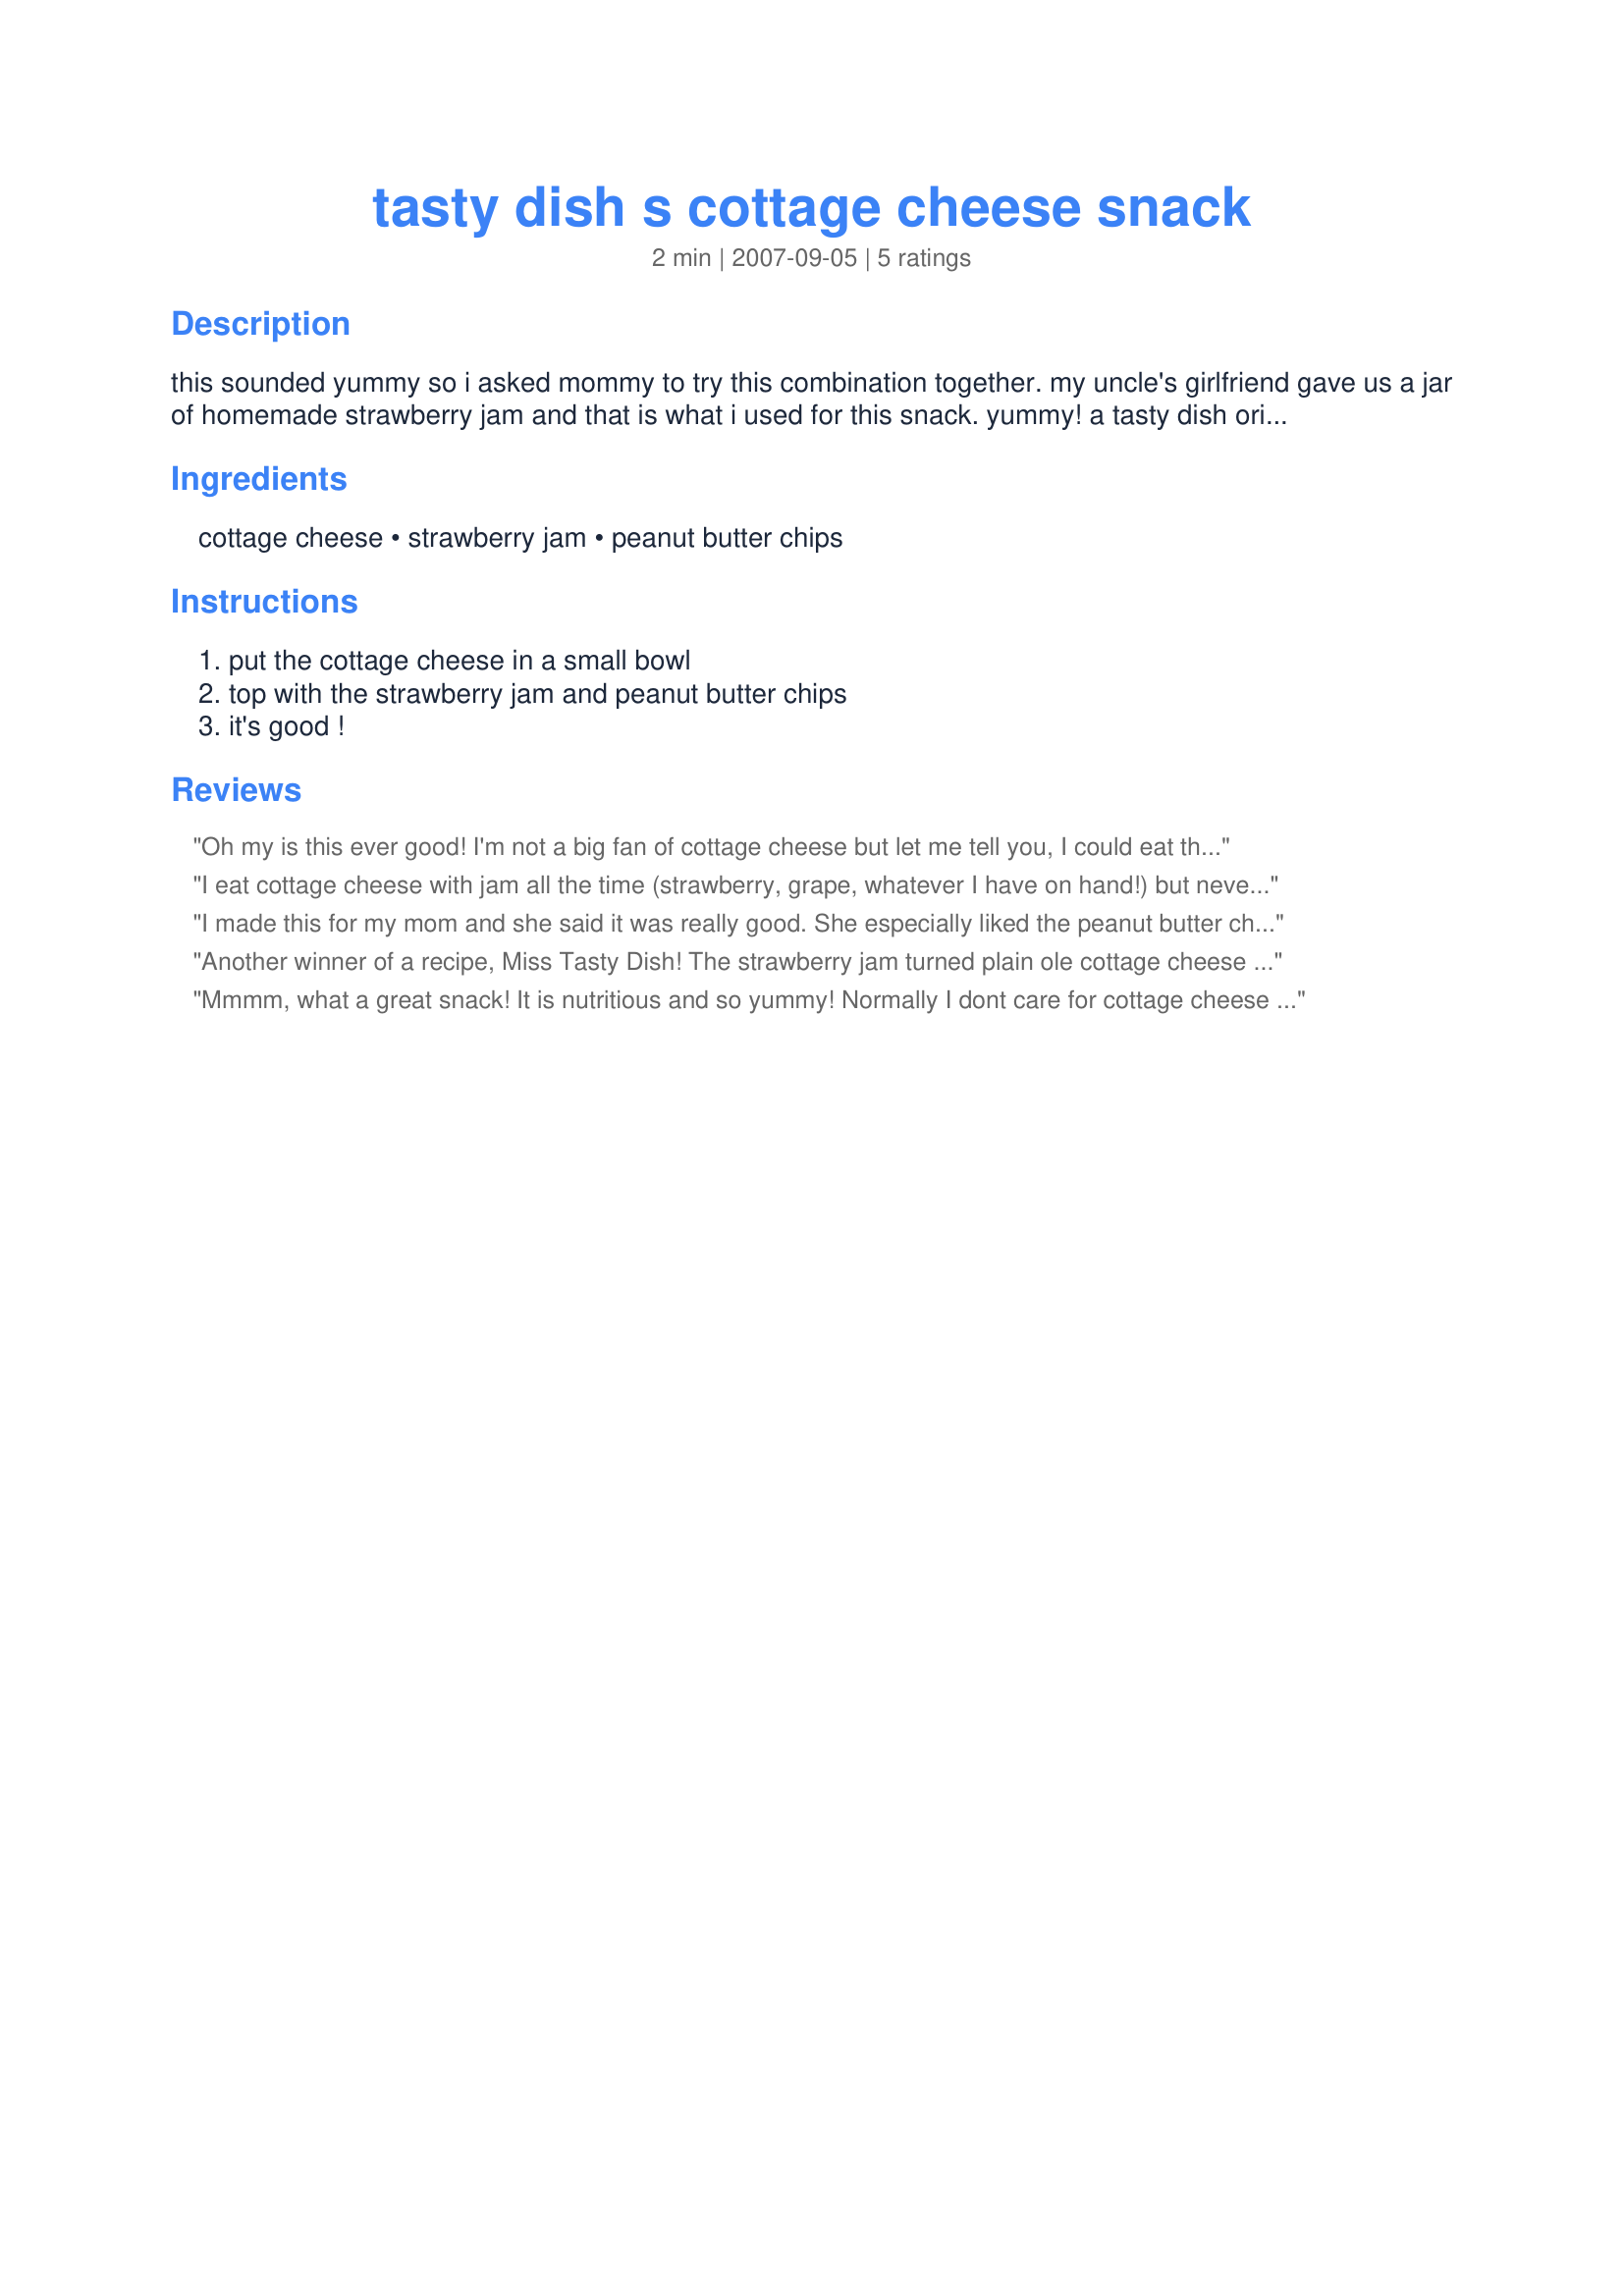
tasty dish s cottage cheese snack
Preparation time: 2 minutes

this sounded yummy so i asked mommy to
try this combination together. my uncle's girlfriend gave us a jar of homemade strawberry jam and that is what i used for this snack. yummy! a tasty dish original!

Ingredients:
cottage cheese, strawberry jam, peanut butter chips

Steps:
put the cottage cheese in a small bowl, top with the strawberry jam and peanut butter chips, it's good !

Reviews:
Oh my is this ever good! I'm not a big fan of cottage cheese but let me tell you, I could eat this every day!!!! Who would have ever thought to put strawberry jam and peanut butter chips on cottage cheese. This is a WINNER, Tasty Dish!
I eat cottage cheese with jam all the time (strawberry, grape, whatever I have on hand!) but never would have thought to add p.b. chips to it. They added an interesting twist to an old favorite. Thanks Miss Tasty Dish!
I made this for my mom and she said it was really good. She especially liked the peanut butter chips for added flavor.
Another winner of a recipe, Miss Tasty Dish! The strawberry jam turned plain ole cottage cheese into a wonderful snack... and the addition of the peanut butter chips is inspired! Thanks for posting!
Mmmm, what a great snack! It is nutritious and so yummy! Normally I dont care for cottage cheese all that much but in combination with the jam it was really good. YUM!<br/>Looking at the recipe now, I realise I totally forgot to add the pb chips, but Im sure they would have been lovely, too.<br/>THANK YOU SO MUCH for sharing this treat with us, CG!<br/>Made and reviewed for Think Pink October 2010.
